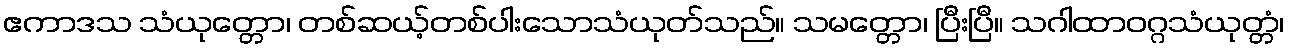
ဧကာဒသ သံယုတ္တော၊ တစ်ဆယ့်တစ်ပါးသောသံယုတ်သည်။ သမတ္တော၊ ပြီးပြီ။ သဂါထာဝဂ္ဂသံယုတ္တံ၊